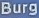
Burg